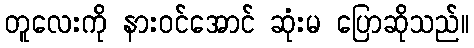
တူလေးကို နားဝင်အောင် ဆုံးမ ပြောဆိုသည်။